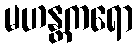
မဟန္တကရော